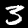
Label: 3